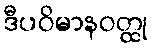
ဒီပဝိမာနဝတ္ထု